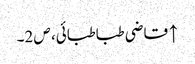
↑ قاضی طباطبائی، ص 2۔